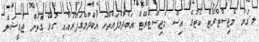
ލ.ގަމު މެޖިސްޓްރޭޓް ކޯޓުގެ އިސް މެޖިސްޓްރޭޓް އަބްދުލްފައްތާހު އަބްދުލްގަފޫރުއާއި ގުޅޭ ގޮތުން ޖުޑީޝަލް